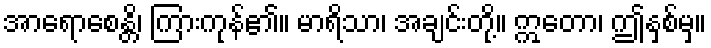
အာရောစေန္တိ၊ ကြားကုန်၏။ မာရိသာ၊ အချင်းတို့။ ဣတော၊ ဤနှစ်မှ။